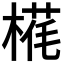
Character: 𬃵